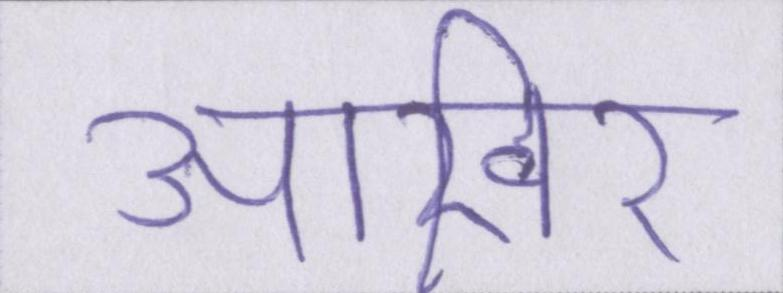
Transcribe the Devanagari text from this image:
आखिर